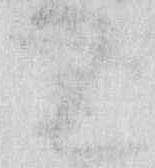
て